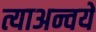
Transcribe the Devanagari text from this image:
त्याअन्वये